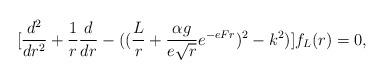
LaTeX: \begin{align*}[{d^2 \over {dr^2}} +{1\over r}{d\over {dr}} -(({L\over r}+{{\alpha g}\over{e\sqrt r}}e^{-eFr})^2-k^2)]f_{L}(r) =0, \end{align*}